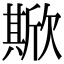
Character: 𣤘